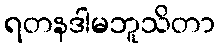
ရတနဒါမဘူသိတာ